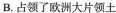
B.占领了欧洲大片领土